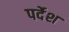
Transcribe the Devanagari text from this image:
पर्देश